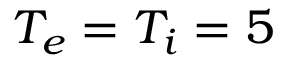
T _ { e } = T _ { i } = 5